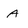
Character: A